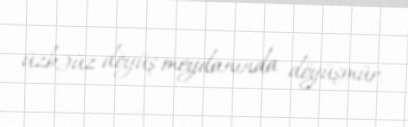
üzbəüz döyüş meydanında döyüşmür.